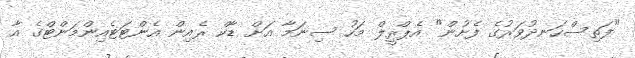
"ފަތިސްހަނދުވަރުގެ ފެށުން" އެޕްރީލް މަހު ސިނަމާ އަށް ޑާކް ރެއިން އެންޓަޓެއިންމަންޓްގެ އާ